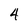
Character: 4